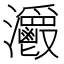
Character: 𤅥